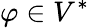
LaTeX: \varphi\in V^{*}